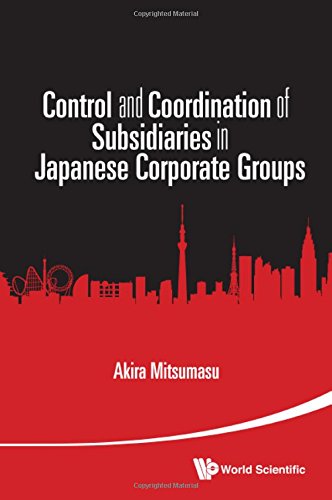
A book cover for Control and Coordination of Subsidiaries in Japanese Corporate Groups; Akira Mitsumasu; Business & Money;